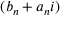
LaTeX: ( b _ { n } + a _ { n } i )